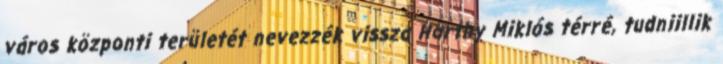
város központi területét nevezzék vissza Horthy Miklós térré, tudniillik